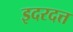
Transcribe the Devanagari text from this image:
इदरदत्त